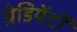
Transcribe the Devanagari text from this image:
ग्रेडियेंटों